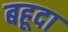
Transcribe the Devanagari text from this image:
बहूदा